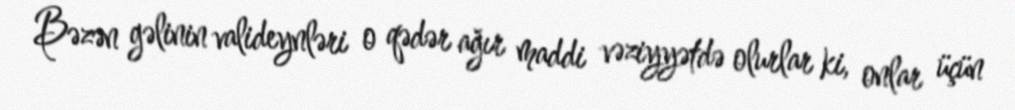
Bəzən gəlinin valideynləri o qədər ağır maddi vəziyyətdə olurlar ki, onlar üçün